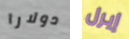
دولارا إيرل